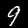
Label: 9